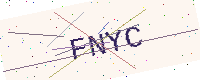
Text: FNYC